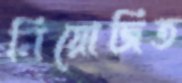
নিয়োজিত